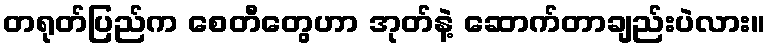
တရုတ်ပြည်က စေတီတွေဟာ အုတ်နဲ့ ဆောက်တာချည်းပဲလား။